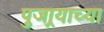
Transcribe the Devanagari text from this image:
पुजार्‍याच्या